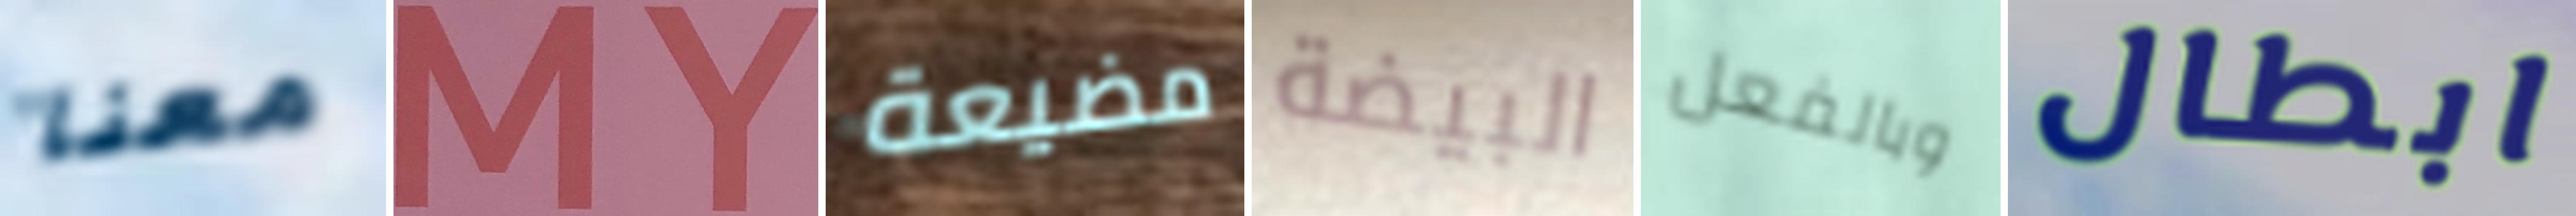
معنا MY مضيعة البيضة وبالفعل ابطال